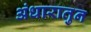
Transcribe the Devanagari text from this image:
अंधारातुन